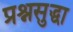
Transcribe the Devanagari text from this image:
प्रश्नसुद्धा